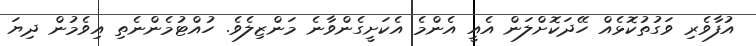
އުފާވެރި ވަގުތުކޮޅެއް ހޭދަކޮށްލަން އެއީ އެންމެ އެކަށީގެންވާނެ މަންޒިލެވެ. ހުއްޓުމެންނެތި އިވެމުން ދިޔަ